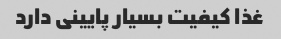
غذا کیفیت بسیار پایینی دارد